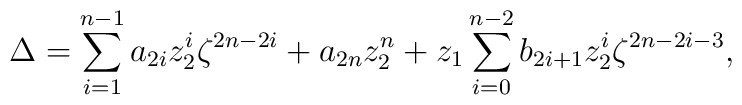
\Delta =\sum_{i=1}^{n-1}a_{2i}z_{2}^{i}\zeta^{2n-2i}+a_{2n}z_{2}^{n}+z_{1}\sum_{i=0}^{n-2}b_{2i+1}z_{2}^{i}\zeta^{2n-2i-3},